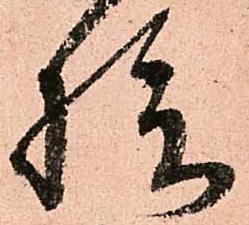
拾